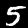
Label: 5